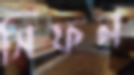
সিফন